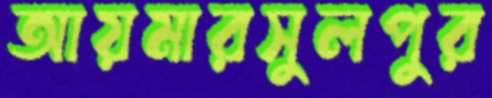
আয়মারসুলপুর